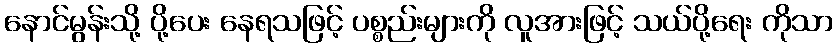
နောင်မွန်းသို့ ပို့ပေး နေရသဖြင့် ပစ္စည်းများကို လူအားဖြင့် သယ်ပို့ရေး ကိုသာ